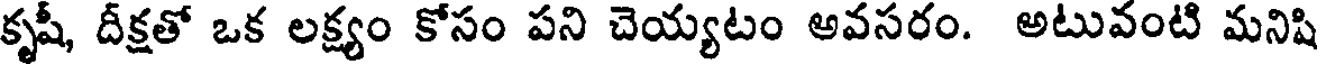
కృషీ, దీక్షతో ఒక లక్ష్యం కోసం పని చెయ్యటం అవసరం. అటువంటి మనిషి